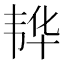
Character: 𮧵